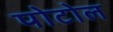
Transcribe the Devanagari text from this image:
पोटोल